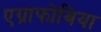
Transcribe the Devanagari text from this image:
एग्राफोबिया